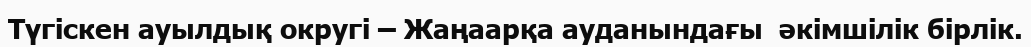
Түгіскен ауылдық округі – Жаңаарқа ауданындағы  әкімшілік бірлік.